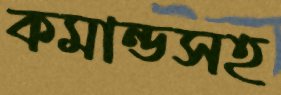
কমান্ডসহ